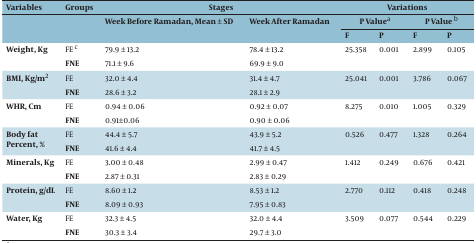
<table><thead><tr><td><b>Variables</b></td><td><b>Groups</b></td><td colspan="2"><b>Stages</b></td><td colspan="4"><b>Variations</b></td></tr><tr><td rowspan="2"></td><td rowspan="2"></td><td rowspan="2"><b>Week before Ramadan, Mean ± SD </b></td><td rowspan="2"><b>Week after Ramadan</b></td><td colspan="2"><b>P Value <sup> a</sup></b></td><td colspan="2"><b>P Value <sup> b</sup></b></td></tr><tr><td><b>F</b></td><td><b>P</b></td><td><b>F</b></td><td><b>P</b></td></tr></thead><tbody><tr><td rowspan="2"><b>Weight, Kg</b></td><td>FE<sup> c</sup></td><td>79.9 ± 13.2</td><td>78.4 ± 13.2</td><td rowspan="2">25.358</td><td rowspan="2">0.001</td><td rowspan="2">2.899</td><td rowspan="2">0.105</td></tr><tr><td><b>FNE</b></td><td>71.1 ± 9.6</td><td>69.9 ± 9.0</td></tr><tr><td rowspan="2"><b>BMI, Kg/m<sup>2</sup></b></td><td>FE</td><td>32.0 ± 4.4</td><td>31.4 ± 4.7</td><td rowspan="2">25.041</td><td rowspan="2">0.001</td><td rowspan="2">3.786</td><td rowspan="2">0.067</td></tr><tr><td><b>FNE</b></td><td>28.6 ± 3.2</td><td>28.1 ± 2.9</td></tr><tr><td rowspan="2"><b>WHR, Cm</b></td><td>FE</td><td>0.94 ± 0.06</td><td>0.92 ± 0.07</td><td rowspan="2">8.275</td><td rowspan="2">0.010</td><td rowspan="2">1.005</td><td rowspan="2">0.329</td></tr><tr><td><b>FNE</b></td><td>0.91 ± 0.06</td><td>0.90 ± 0.06</td></tr><tr><td rowspan="2"><b>Body fat Percent, %</b></td><td>FE</td><td>44.4 ± 5.7</td><td>43.9 ± 5.2</td><td rowspan="2">0.526</td><td rowspan="2">0.477</td><td rowspan="2">1.328</td><td rowspan="2">0.264</td></tr><tr><td><b>FNE</b></td><td>41.6 ± 4.4</td><td>41.7 ± 4.5</td></tr><tr><td rowspan="2"><b>Minerals, Kg</b></td><td>FE</td><td>3.00 ± 0.48</td><td>2.99 ± 0.47</td><td rowspan="2">1.412</td><td rowspan="2">0.249</td><td rowspan="2">0.676</td><td rowspan="2">0.421</td></tr><tr><td><b>FNE</b></td><td>2.87 ± 0.31</td><td>2.83 ± 0.29</td></tr><tr><td rowspan="2"><b>Protein, g/dL</b></td><td>FE</td><td>8.60 ± 1.2</td><td>8.53 ± 1.2</td><td rowspan="2">2.770</td><td rowspan="2">0.112</td><td rowspan="2">0.418</td><td rowspan="2">0.248</td></tr><tr><td><b>FNE</b></td><td>8.09 ± 0.93</td><td>7.95 ± 0.83</td></tr><tr><td rowspan="2"><b>Water, Kg</b></td><td>FE</td><td>32.3 ± 4.5</td><td>32.0 ± 4.4</td><td rowspan="2">3.509</td><td rowspan="2">0.077</td><td rowspan="2">0.544</td><td rowspan="2">0.229</td></tr><tr><td><b>FNE</b></td><td>30.3 ± 3.4</td><td>29.7 ± 3.0</td></tr></tbody></table>